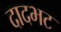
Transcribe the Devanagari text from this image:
दादभट